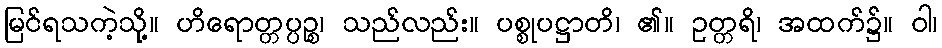
မြင်ရသကဲ့သို့။ ဟိရောတ္တပ္ပဉ္စ၊ သည်လည်း။ ပစ္စုပဋ္ဌာတိ၊ ၏။ ဥတ္တရိ၊ အထက်၌။ ဝါ၊